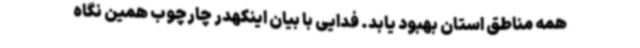
همه مناطق استان بهبود یابد. فدایی با بیان اینکهدر چارچوب همین نگاه